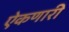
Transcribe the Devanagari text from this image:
ऐकणारी